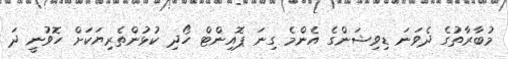
މުބާރާތުގެ ދެވަނަ ޑިވިޝަންގެ އެންމެ ގިނަ ޕޮއިންޓް ހޯދި ކުޅުންތެރިޔަކަށް ހޮވުނީ ދަ